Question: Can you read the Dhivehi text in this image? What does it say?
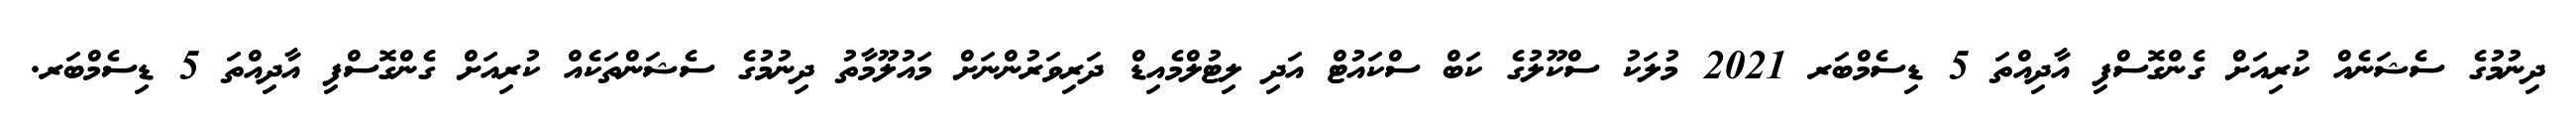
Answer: ދިނުމުގެ ސެޝަނެއް ކުރިއަށް ގެންގޮސްފި އާދިއްތަ 5 ޑިސެމްބަރ 2021 މުލަކު ސްކޫލުގެ ކަބް ސްކައުޓް އަދި ލިޓުލްމެއިޑް ދަރިވަރުންނަށް މައުލޫމާތު ދިނުމުގެ ސެޝަންތަކެއް ކުރިއަށް ގެންގޮސްފި އާދިއްތަ 5 ޑިސެމްބަރ.